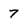
Character: 7